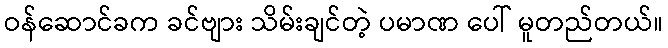
ဝန်ဆောင်ခက ခင်ဗျား သိမ်းချင်တဲ့ ပမာဏ ပေါ် မူတည်တယ်။